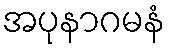
အပုနာဂမနံ